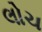
લોચ